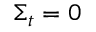
\Sigma _ { t } = 0